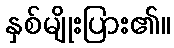
နှစ်မျိုးပြား၏။